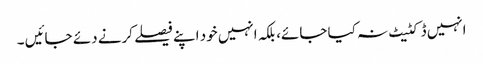
انہیں ڈکٹیٹ نہ کیا جائے، بلکہ انہیں خود اپنے فیصلے کرنے دئے جائیں ۔